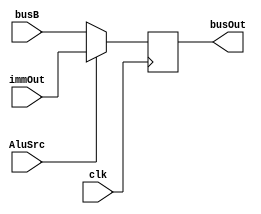
module mux2to1_MEM(clk,busB,immOut,AluSrc,busOut);
input clk;
input [31:0] busB;
input [31:0] immOut;
input AluSrc;
output reg [31:0] busOut;

//assign busOut=AluSrc?immOut:busB;
always@(posedge clk)
begin
	busOut=AluSrc?immOut:busB;
end
endmodule